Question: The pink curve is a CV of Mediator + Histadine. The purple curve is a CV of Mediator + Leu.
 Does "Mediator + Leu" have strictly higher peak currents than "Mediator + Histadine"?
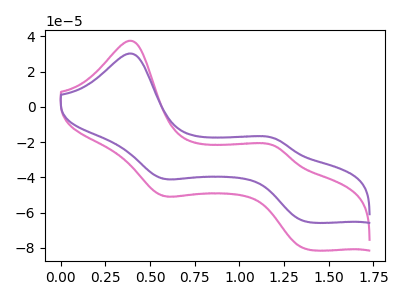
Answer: <think>The pink curve "Mediator + Histadine" has anodic peaks at (0.40V, 37.60uA) (1.20V, -22.20uA) and cathodic peaks at (0.55V, -50.20uA) (1.40V, -81.00uA). The purple curve "Mediator + Leu" has anodic peaks at (0.40V, 30.35uA) (1.20V, -17.90uA) and cathodic peaks at (0.55V, -40.55uA) (1.40V, -65.35uA).</think>
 <answer>The peaks in "Mediator + Leu" are neither all higher or all lower than the peaks in "Mediator + Histadine".</answer>
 <eval>mixed</eval>